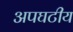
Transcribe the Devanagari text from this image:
अपघटीय